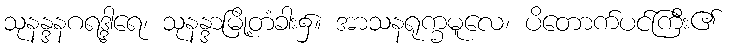
သုနန္ဒနဂရဒ္ဒါရေ၊ သုနန္ဒာမြို့တံခါး၌။ အာသနရုက္ခမူလေ၊ ပိတောက်ပင်ကြီး၏